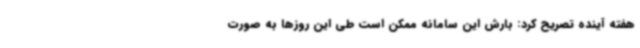
هفته آینده تصریح کرد: بارش این سامانه ممکن است طی این روزها به صورت